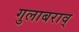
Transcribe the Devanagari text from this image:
गुलाबराव्